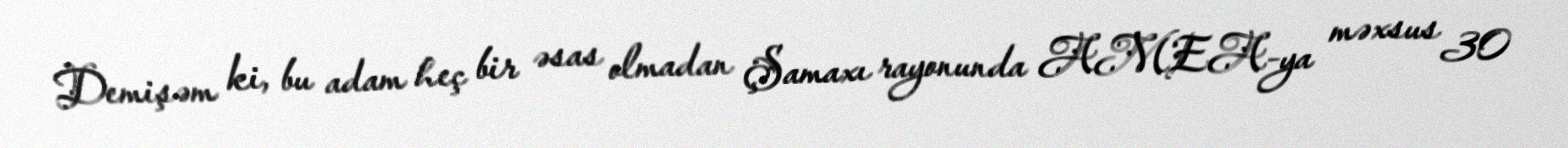
Demişəm ki, bu adam heç bir əsas olmadan Şamaxı rayonunda AMEA-ya məxsus 30